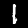
Label: 1